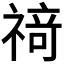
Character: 𰨌